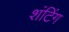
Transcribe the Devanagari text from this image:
शंटिंग